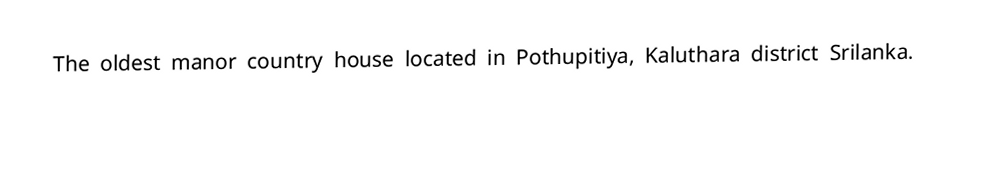
The oldest manor country house located in Pothupitiya, Kaluthara district Srilanka.